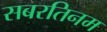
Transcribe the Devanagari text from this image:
सबरतिनम